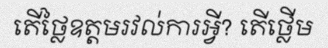
តើថ្លៃឧត្តមរវល់ការអ្វី? តើថ្លើម